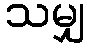
သမျှ